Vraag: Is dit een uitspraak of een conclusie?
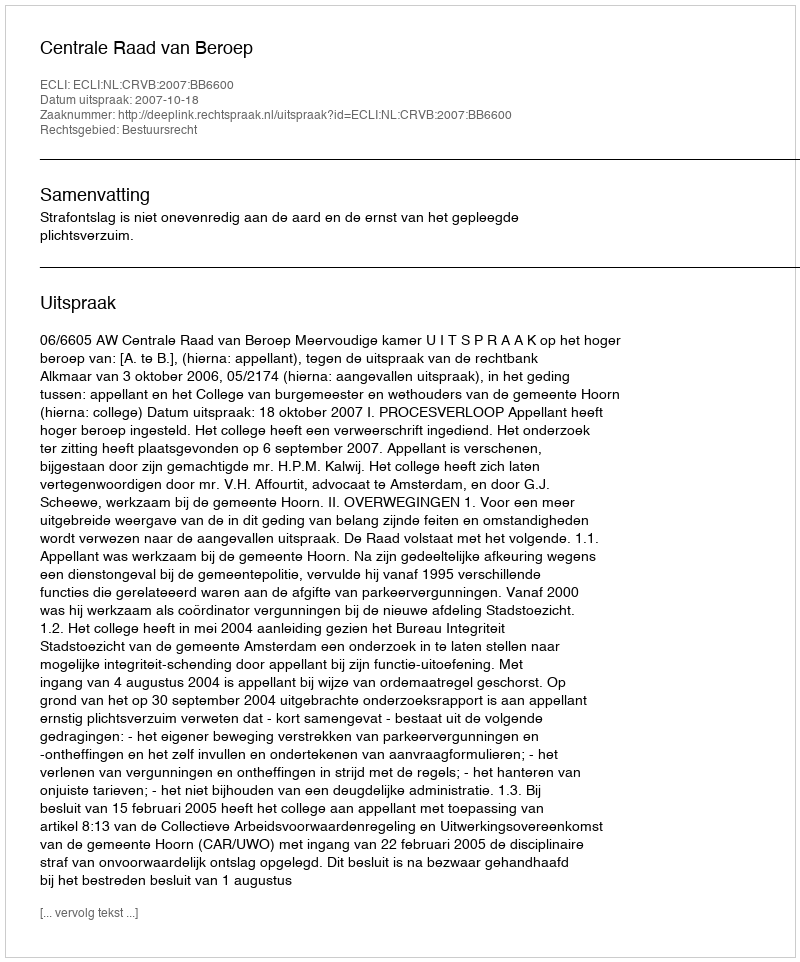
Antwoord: Uitspraak